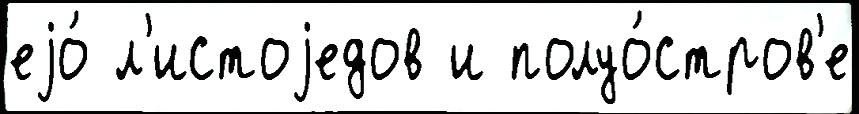
еjо́ л'истоjедов и полуо́стров'е